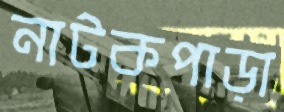
নাটকপাড়া